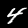
Digit: 4